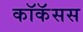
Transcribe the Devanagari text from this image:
कॉकॅसस